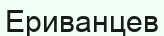
Ериванцев